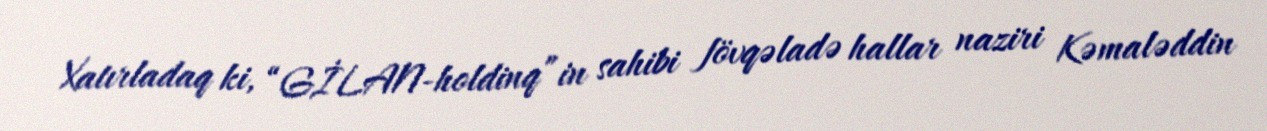
Xatırladaq ki, “GİLAN-holdinq”in sahibi fövqəladə hallar naziri Kəmaləddin